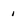
Character: i